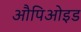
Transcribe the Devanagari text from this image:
औपिओइड